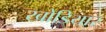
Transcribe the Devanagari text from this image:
खोडियार